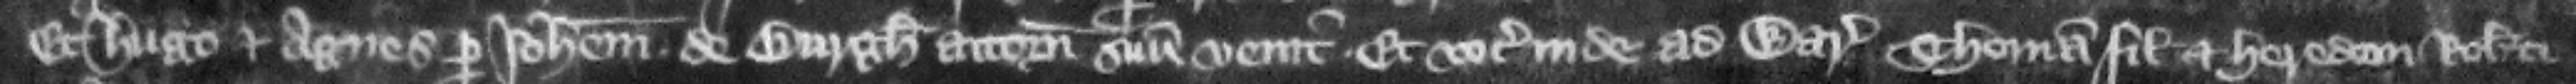
Et Hugo et Agnes per Iohannem de Burgh attornatum suum venit. Et vocat inde ad warantum Thomam filium et heredem Roberti